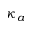
\kappa _ { a }